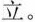
立。